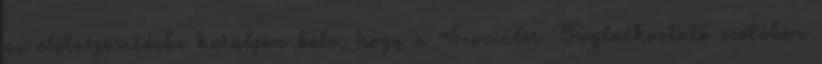
az előterjesztésbe kerüljön bele, hogy a Szociális Foglalkoztató esetében